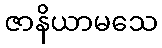
ဇာနိယာမသေ